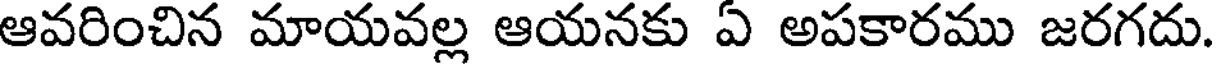
ఆవరించిన మాయవల్ల ఆయనకు ఏ అపకారము జరగదు.